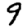
Digit: 9